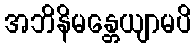
အဘိနိမန္တေယျာမပိ